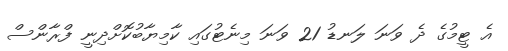
އެ ޓީމުގެ ދެ ވަނަ ލަނޑު 21 ވަނަ މިނެޓުގައި ކާމިޔާބުކޮށްދިނީ ފްރާންސް